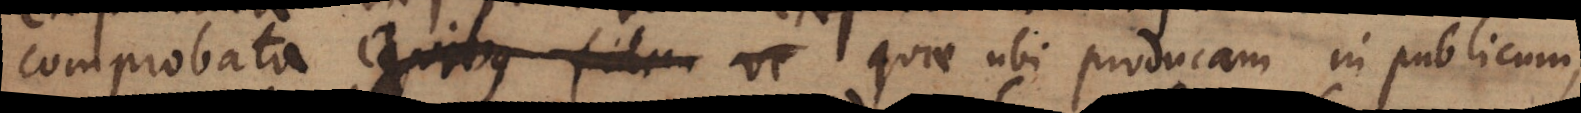
comprobata quibus fidem ve quae ubi producam in publicum,